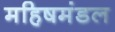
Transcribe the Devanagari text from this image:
महिषमंडल